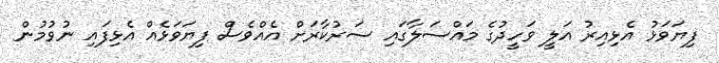
ފިޔަވަޅު އެޅިއިރު އަލީ ވަހީދުގެ މައްސަލާގައި ސަރުކާރަށް އެއްވެސް ފިޔަވަޅެއް އެޅިފައި ނުވުމުން